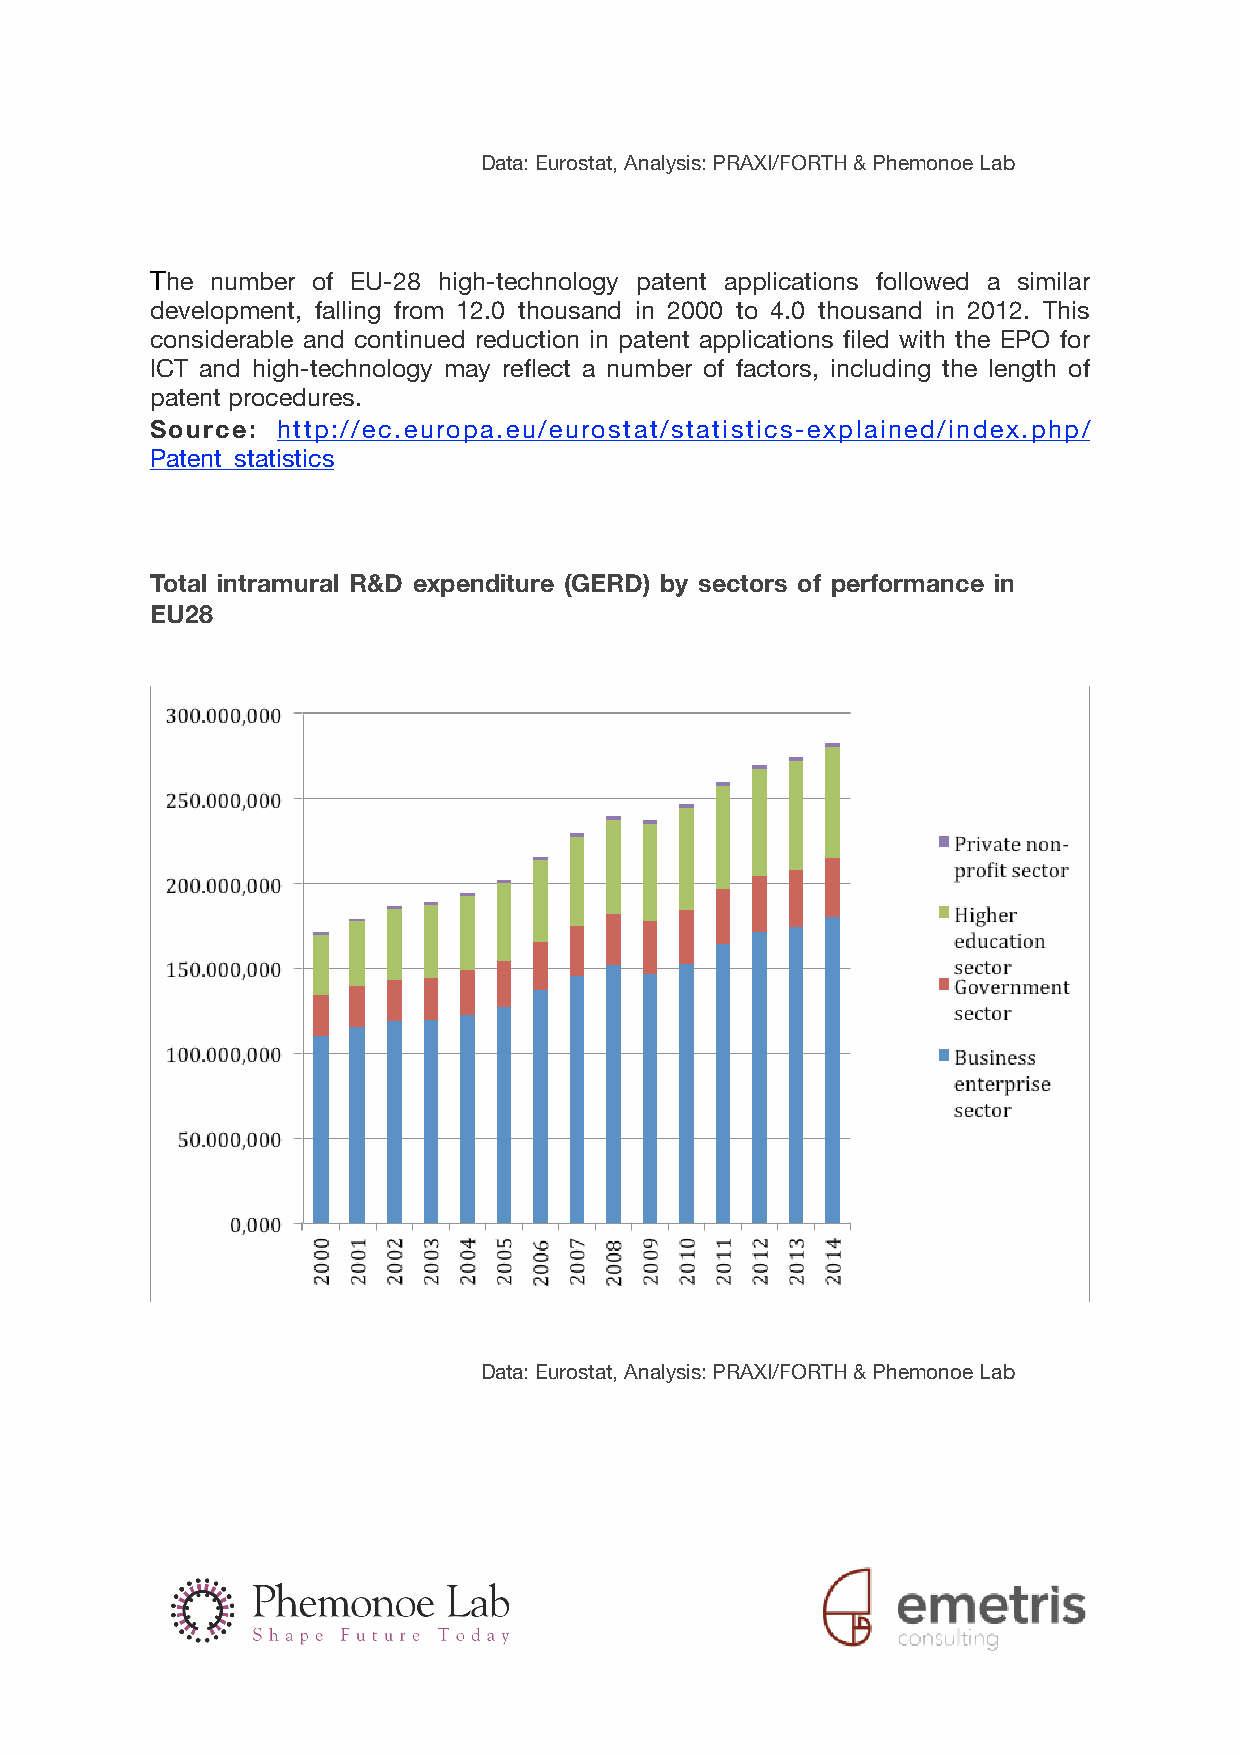
Data: Eurostat, Analysis: PRAXI/FORTH & Phemonoe Lab
 Τhe number of EU-28 high-technology patent applications followed a similar
 development, falling from 12.0 thousand in 2000 to 4.0 thousand in 2012. This
 considerable and continued reduction in patent applications filed with the EPO for
 ICT and high-technology may reflect a number of factors, including the length of
 patent procedures.
 Source: http://ec.europa.eu/eurostat/statistics-explained/index.php/
 Patent_statistics
 Total intramural R&D expenditure (GERD) by sectors of performance in
 EU28
 Data: Eurostat, Analysis: PRAXI/FORTH & Phemonoe Lab